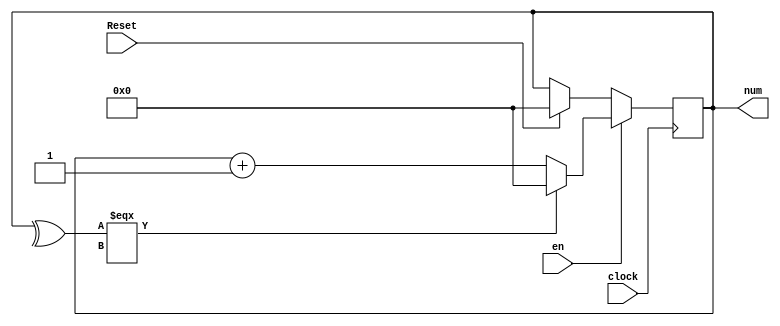
module counterC (num,en, Reset,clock);
output reg [4:0] num;
input Reset,clock;
input en;

always @ (posedge clock)
begin
	if (en)
		begin
		if(^num === 1'bx)
			num<=0;
		else
		//Incrementing num on enable signal
			num <= num + 5'b1 ;
		end
	else if (Reset)
	begin
	//Setting to 0 on Reset signal
	  num<=0;
	end
end
endmodule